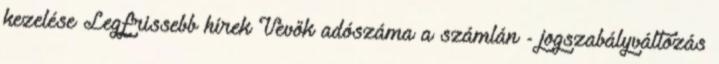
kezelése Legfrissebb hírek Vevők adószáma a számlán - jogszabályváltozás